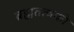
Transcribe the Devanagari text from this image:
ब्रह्मतत्वको